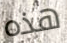
هذه